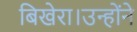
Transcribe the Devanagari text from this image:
बिखेरा।उन्होंने